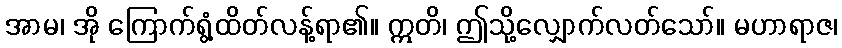
အာမ၊ အို ကြောက်ရွံ့ထိတ်လန့်ရာ၏။ ဣတိ၊ ဤသို့လျှောက်လတ်သော်။ မဟာရာဇ၊